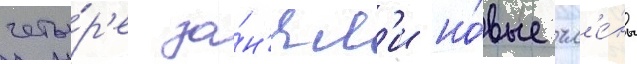
четы́р'е за́н'ял'и но́вые чл'е́ны